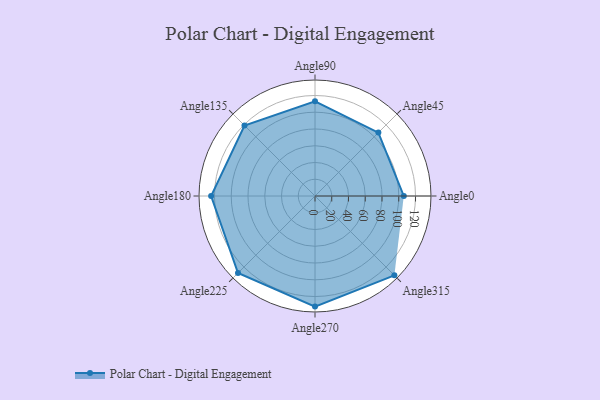
{"axis": {"x": "Angle", "y": "Radius"}, "legend": [""], "data": [{"x": "Angle0", "y": 106.0, "type": ""}, {"x": "Angle45", "y": 107.0, "type": ""}, {"x": "Angle90", "y": 113.0, "type": ""}, {"x": "Angle135", "y": 119.0, "type": ""}, {"x": "Angle180", "y": 124.0, "type": ""}, {"x": "Angle225", "y": 130.0, "type": ""}, {"x": "Angle270", "y": 132.0, "type": ""}, {"x": "Angle315", "y": 134.0, "type": ""}]}